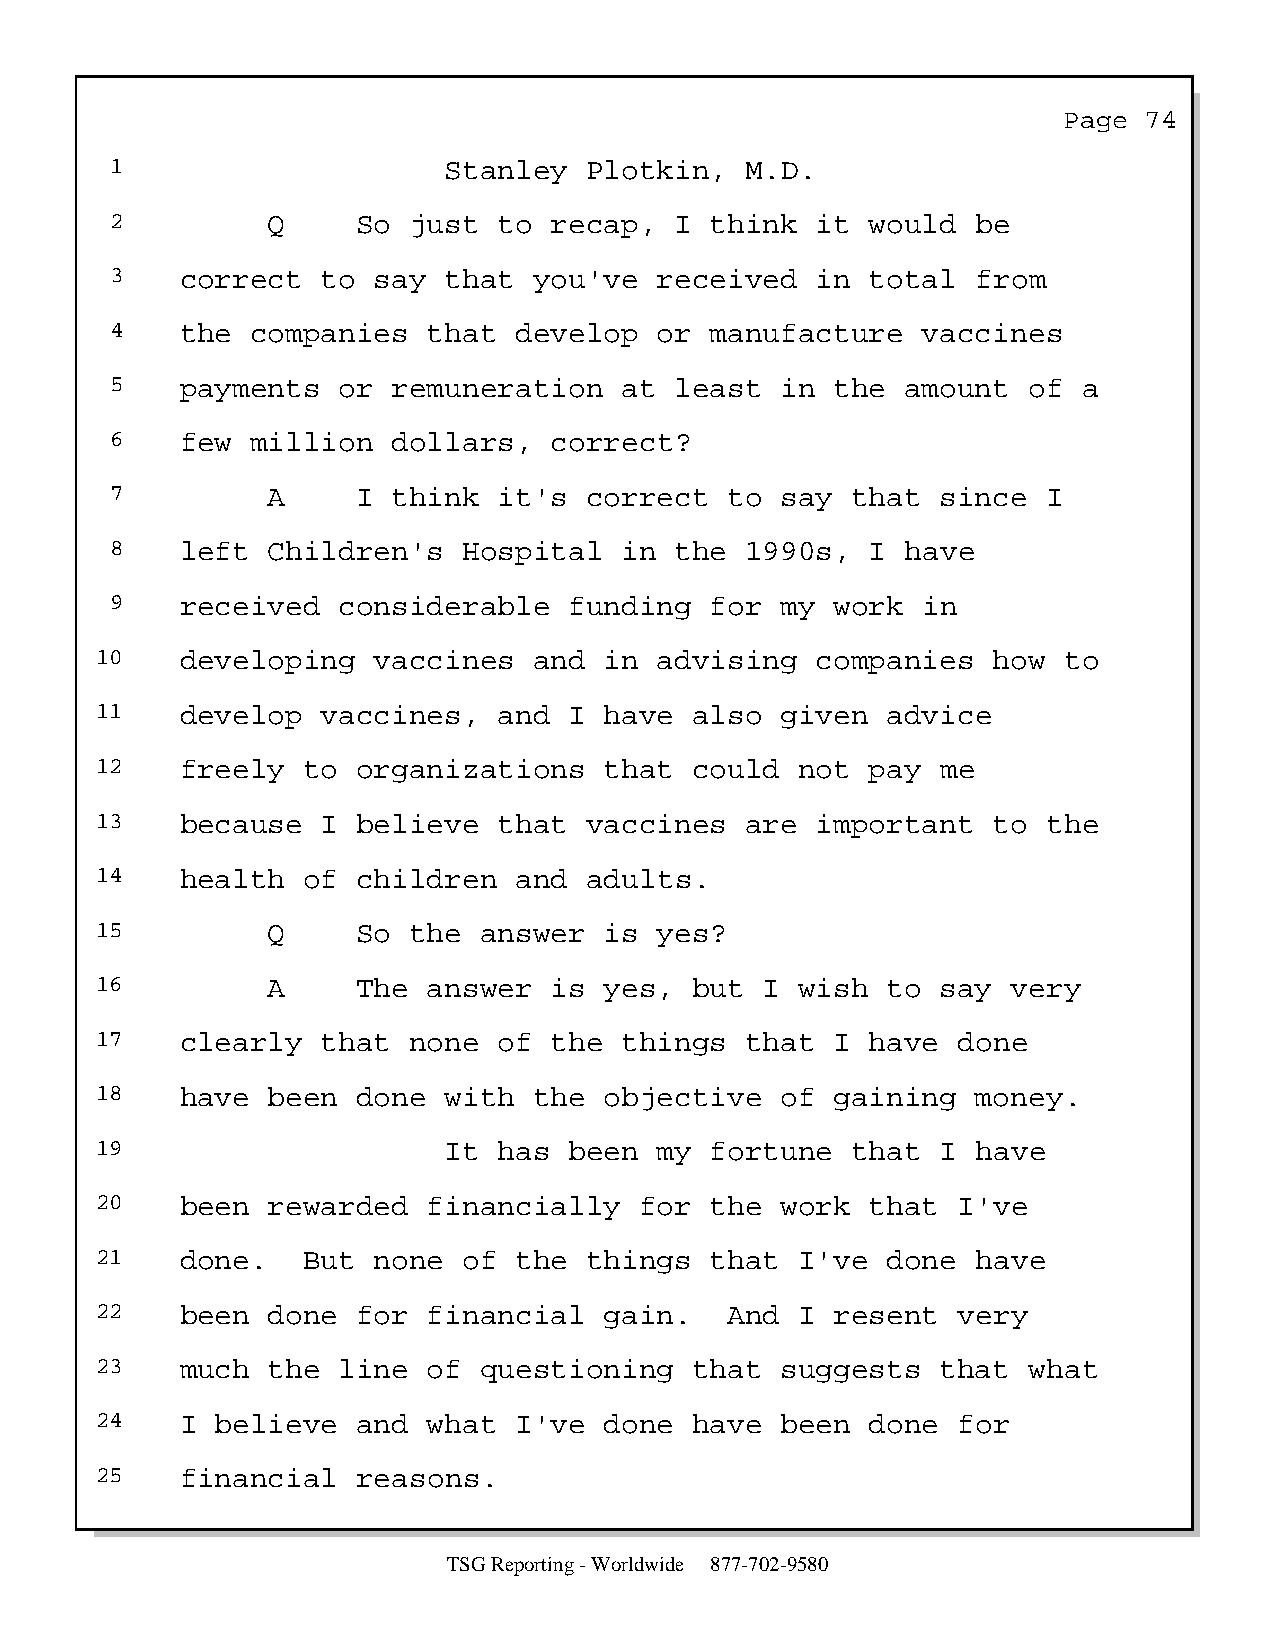
Page  74
 1                     Stanley   Plotkin,  M.D.
 2          Q     So just  to recap,   I think  it  would  be
 3    correct  to  say that  you've   received  in  total  from
 4    the  companies  that  develop   or manufacture   vaccines
 5    payments  or  remuneration   at  least  in the  amount  of  a
 6    few  million  dollars,  correct?
 7          A     I think  it's  correct  to  say that  since  I
 8    left  Children's   Hospital  in  the 1990s,   I have
 9    received  considerable    funding  for  my work  in
 10    developing   vaccines  and  in  advising  companies   how to
 11    develop  vaccines,   and  I have  also  given  advice
 12    freely  to  organizations   that  could  not  pay me
 13    because  I  believe  that  vaccines  are  important   to the
 14    health  of  children  and  adults.
 15          Q     So the  answer  is  yes?
 16          A     The answer  is  yes,  but  I wish  to say  very
 17    clearly  that  none  of the  things  that  I  have done
 18    have  been  done with  the  objective   of gaining   money.
 19                     It  has  been  my fortune  that  I  have
 20    been  rewarded  financially   for  the  work  that I've
 21    done.   But  none  of the  things  that  I've  done  have
 22    been  done  for financial   gain.   And  I resent  very
 23    much  the line  of  questioning   that  suggests  that  what
 24    I believe   and what  I've  done  have  been  done for
 25    financial   reasons.
 TSG Reporting - Worldwide 877-702-9580